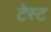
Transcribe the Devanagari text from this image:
टेस्‍ट